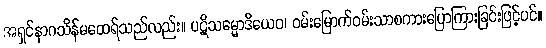
အရှင်နာဂသိန်မထေရ်သည်လည်း။ ပဋိသမ္မောဒိယေဝ၊ ဝမ်းမြောက်ဝမ်းသာစကားပြောကြားခြင်းဖြင့်ပင်။